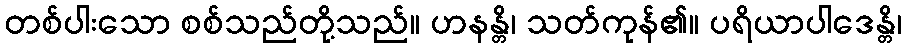
တစ်ပါးသော စစ်သည်တို့သည်။ ဟနန္တိ၊ သတ်ကုန်၏။ ပရိယာပါဒေန္တိ၊